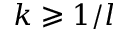
k \geqslant 1 / l